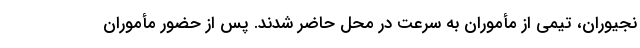
نجیوران، تیمی از مأموران به سرعت در محل حاضر شدند. پس از حضور مأموران